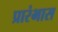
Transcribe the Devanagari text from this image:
प्रारंभास